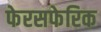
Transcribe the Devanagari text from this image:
फेरसफेरिक